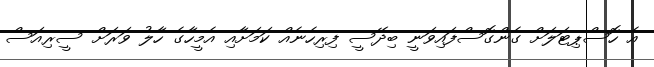
އެ ހޮސްޕިޓަލަށް ގެންގޮސްފައިވަނީ ބިދޭސީ ފިރިހެނެއް ކަމަށާއި އެމީހާގެ ހާލު ވަރަށް ސީރިއަސް